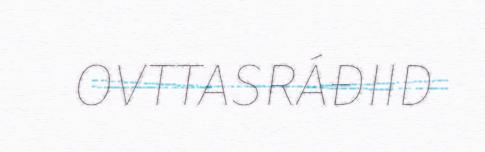
OVTTASRÁĐIID